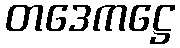
တဒေကဋ္ဌေ